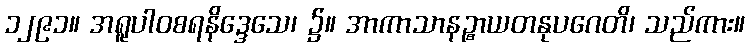
၁၂၉၁။ အရူပါဝစရနိဒ္ဒေသေ၊ ၌။ အာကာသာနဉ္စာယတနုပဂေတိ၊ သည်ကား။